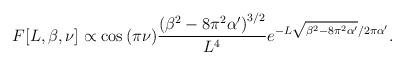
\begin{align*}F[L,\beta,\nu] \propto \cos{(\pi\nu)} \frac{\left(\beta^2-8\pi^2\alpha'\right)^{3/2}}{L^4}e^{-L\sqrt{\beta^2-8\pi^2\alpha'}/2\pi \alpha'}.\end{align*}